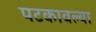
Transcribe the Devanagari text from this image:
पटकावल्या